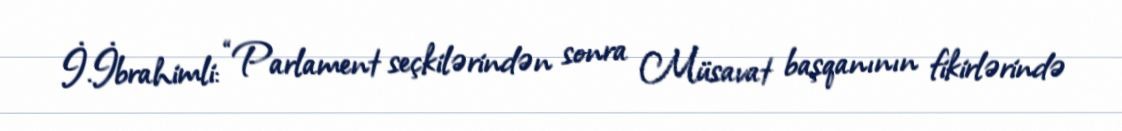
İ.İbrahimli: “Parlament seçkilərindən sonra Müsavat başqanının fikirlərində